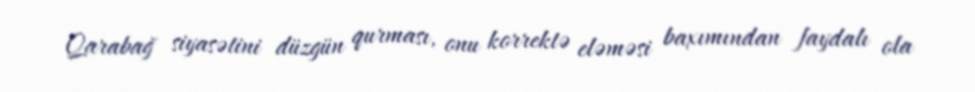
Qarabağ siyasətini düzgün qurması, onu korrektə eləməsi baxımından faydalı ola